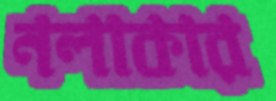
নলাকার